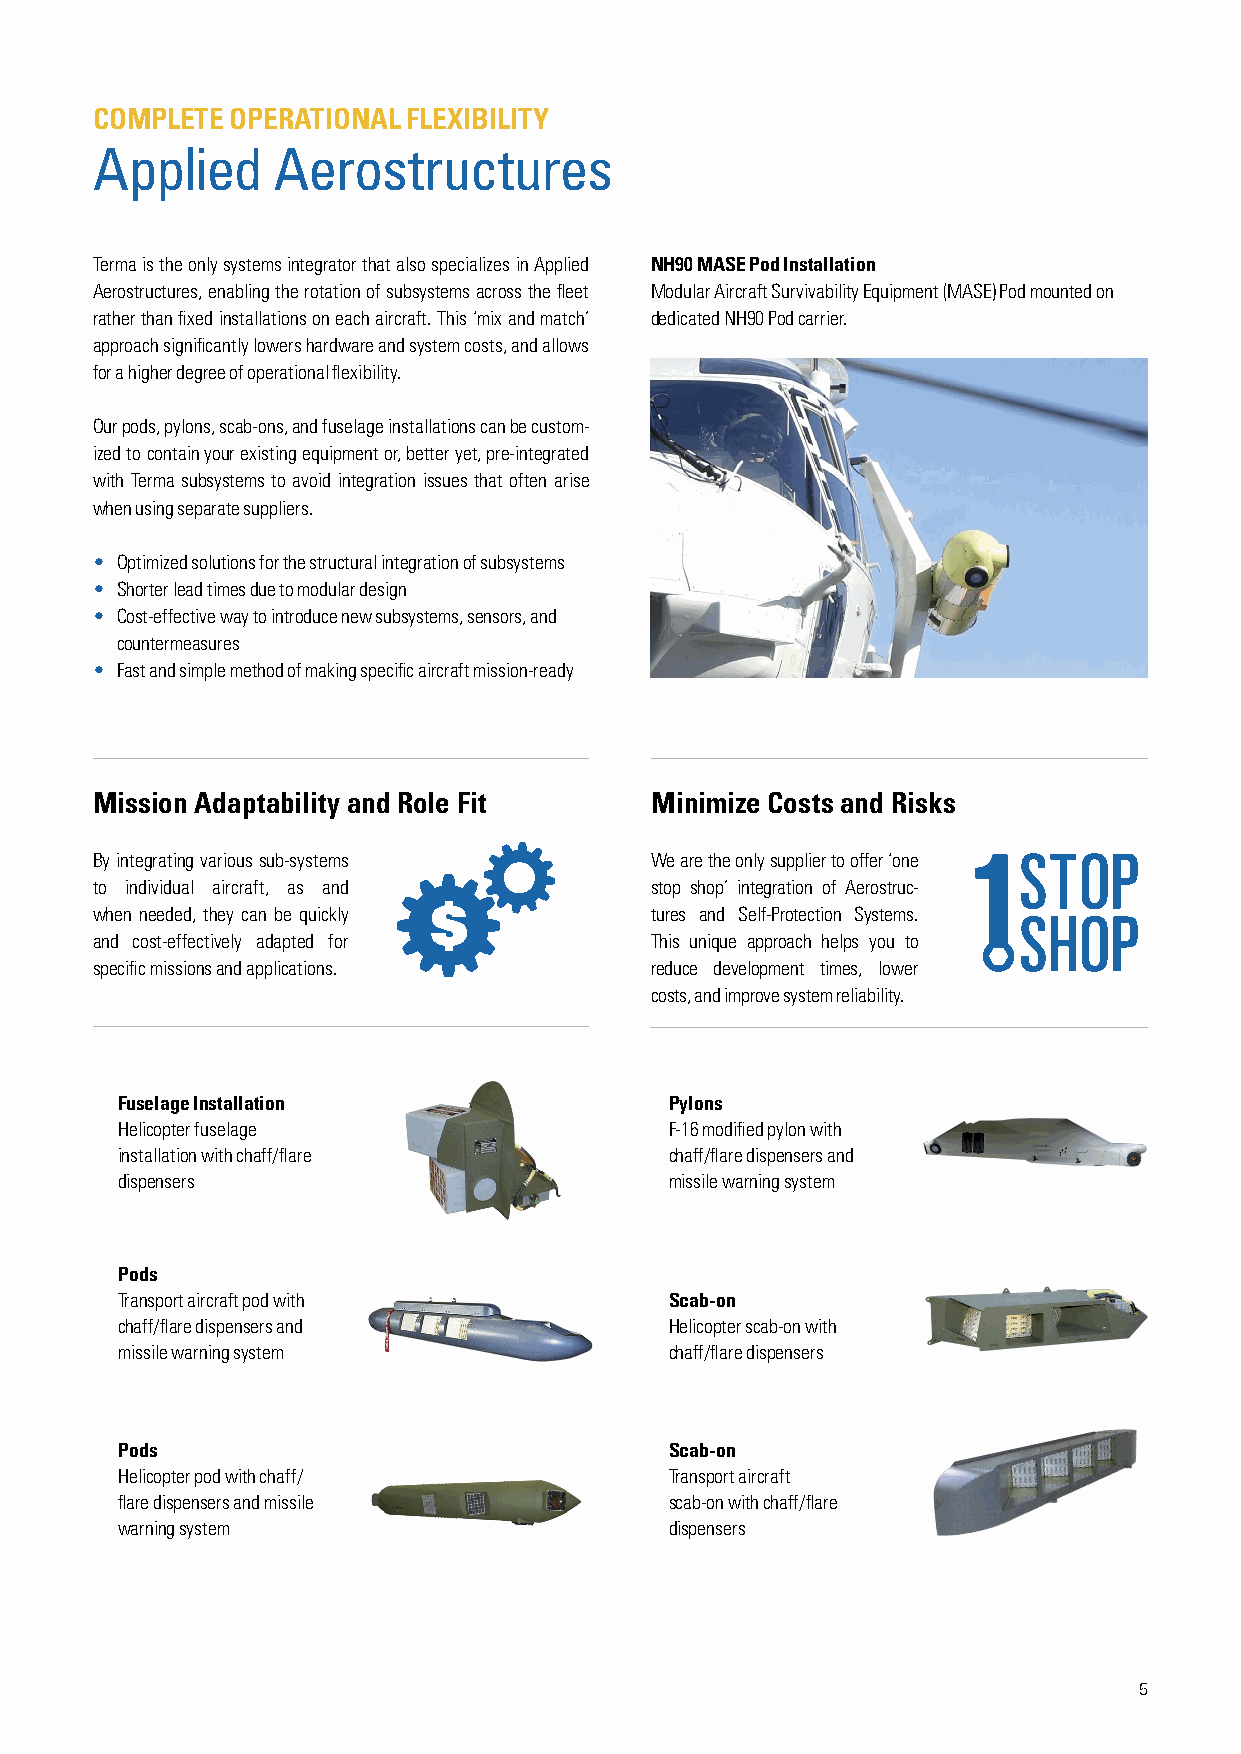
COMPLETE OPERATIONAL FLEXIBILITY
 Applied     Aerostructures
 Terma is the only systems integrator that also specializes in Applied NH90 MASE Pod Installation
 Aerostructures, enabling the rotation of subsystems across the fleet Modular Aircraft Survivability Equipment (MASE) Pod mounted on
 rather than fixed installations on each aircraft. This ‘mix and match’ dedicated NH90 Pod carrier.
 approach significantly lowers hardware and system costs, and allows
 for a higher degree of operational flexibility.
 Our pods, pylons, scab-ons, and fuselage installations can be custom-
 ized to contain your existing equipment or, better yet, pre-integrated
 with Terma subsystems to avoid integration issues that often arise
 when using separate suppliers.
 • Optimized solutions for the structural integration of subsystems
 • Shorter lead times due to modular design
 • Cost-effective way to introduce new subsystems, sensors, and
 countermeasures
 • Fast and simple method of making specific aircraft mission-ready
 Mission Adaptability and Role Fit    Minimize Costs and Risks
 By integrating various sub-systems   We are the only supplier to offer ‘one
 to individual aircraft, as and       stop shop’ integration of Aerostruc-
 when needed, they can be quickly $   tures and Self-Protection Systems.
 and cost-effectively adapted for     This unique approach helps you to
 MONTHS
 specific missions and applications.  reduce development times, lower
 costs, and improve system reliability.
 Fuselage Installation               Pylons
 Helicopter fuselage                 F-16 modified pylon with
 installation with chaff/flare       chaff/flare dispensers and
 dispensers                          missile warning system
 Pods
 Transport aircraft pod with         Scab-on
 chaff/flare dispensers and          Helicopter scab-on with
 missile warning system              chaff/flare dispensers
 Pods                                Scab-on
 Helicopter pod with chaff/          Transport aircraft
 flare dispensers and missile        scab-on with chaff/flare
 warning system                      dispensers
 5